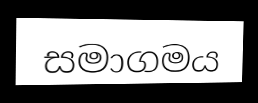
සමාගමය